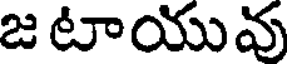
జటాయువు